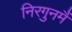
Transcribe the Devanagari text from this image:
निरगुनमैं